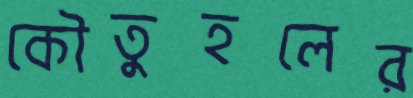
কৌতুহলের